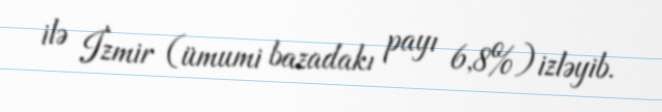
ilə İzmir (ümumi bazadakı payı 6,8%) izləyib.